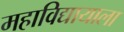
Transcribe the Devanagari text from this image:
महाविद्यायाला